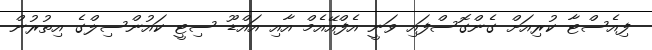
ފިއެސްޓާ ކުރިއަށް ގެންގޮސްފައި ވަނީ އެފްއޭއެމް އާއި އައްޑޫ ސިޓީ ކައުންސިލްގެ އިތުރުން